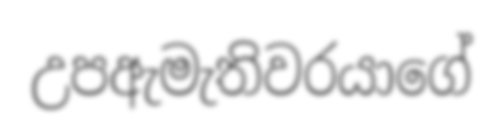
උපඇමැතිවරයාගේ